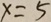
x = 5